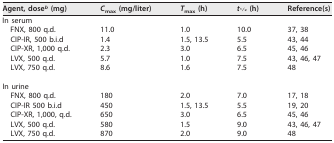
<table><thead><tr><td><b>Agent, dose<sup><i>b</i></sup> (mg)</b></td><td><b><i>C</i><sub>max</sub> (mg/liter)</b></td><td><b><i>T</i><sub>max</sub> (h)</b></td><td><b><i>t</i><sub>1⁄2</sub> (h)</b></td><td><b>Reference(s)</b></td></tr></thead><tbody><tr><td>In serum</td><td></td><td></td><td></td><td></td></tr><tr><td>FNX, 800 q.d.</td><td>11.0</td><td>1.0</td><td>10.0</td><td>37, 38</td></tr><tr><td>CIP-IR, 500 b.i.d</td><td>1.4</td><td>1.5, 13.5</td><td>5.5</td><td>43, 44</td></tr><tr><td>CIP-XR, 1,000 q.d.</td><td>2.3</td><td>3.0</td><td>6.5</td><td>45, 46</td></tr><tr><td>LVX, 500 q.d.</td><td>5.7</td><td>1.0</td><td>7.5</td><td>43, 46, 47</td></tr><tr><td>LVX, 750 q.d.</td><td>8.6</td><td>1.6</td><td>7.5</td><td>48</td></tr><tr><td>In urine</td><td></td><td></td><td></td><td></td></tr><tr><td>FNX, 800 q.d.</td><td>180</td><td>2.0</td><td>7.0</td><td>17, 18</td></tr><tr><td>CIP-IR 500 b.i.d</td><td>450</td><td>1.5, 13.5</td><td>5.5</td><td>19, 20</td></tr><tr><td>CIP-XR, 1,000, q.d.</td><td>650</td><td>3.0</td><td>6.5</td><td>45, 46</td></tr><tr><td>LVX, 500 q.d.</td><td>580</td><td>1.5</td><td>9.0</td><td>43, 46, 47</td></tr><tr><td>LVX, 750 q.d.</td><td>870</td><td>2.0</td><td>9.0</td><td>48</td></tr></tbody></table>